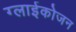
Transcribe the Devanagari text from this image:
ग्लाईकोजन